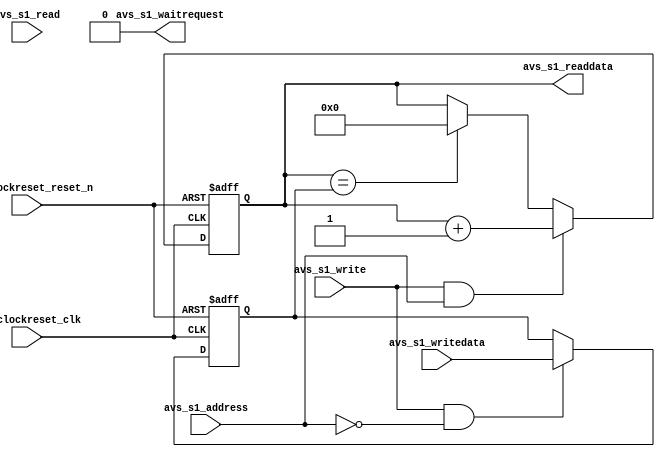
`timescale 1ns / 1ps

module legup_barrier (

                  // inputs:
                  avs_s1_address,
                  // chipselect,
                  csi_clockreset_clk,
				  csi_clockreset_reset_n,
                  avs_s1_writedata,
                  avs_s1_read,
                  avs_s1_write,

                  // outputs:
				  avs_s1_waitrequest,
                  avs_s1_readdata
               );


	input            avs_s1_address;
	input            csi_clockreset_clk;
	input            csi_clockreset_reset_n; 
	input            avs_s1_read;
	input            avs_s1_write;
	input  [ 31: 0]  avs_s1_writedata;

	output [ 31: 0]  avs_s1_readdata; 
	output  		 avs_s1_waitrequest;

	reg    [ 31: 0]  barrier_count;
	reg    [ 31: 0]  numthreads;
	wire 			 address;
	wire 			 reset_n;
	wire 			 clk;
	wire 			 read;
	wire 			 write;
	wire   [ 31: 0]  writedata;

	assign address = avs_s1_address;
	assign reset_n = csi_clockreset_reset_n;
	assign clk = csi_clockreset_clk;
	assign read = avs_s1_read;
	assign write = avs_s1_write;
	assign writedata = avs_s1_writedata;
	assign avs_s1_waitrequest = 1'b0;

    always @(posedge clk or negedge reset_n)
    begin
		if (!reset_n)
		begin
			numthreads <= 0;
		end
		//barrier initialization to store the number of threads
		else if (write && !address)
		begin
			numthreads <= writedata;
		end
    end

    always @(posedge clk or negedge reset_n)
    begin
		if (!reset_n)
		begin
			barrier_count <= 0;
		end
		//whenever each thread reaches the barrier, it writes to the barrier, which increments the counter
		else if (write && address)
		begin
			barrier_count <= barrier_count + 1;
		end
		//if the counter reaches the total number of threads, it resets to zero
		//this is needed for when the same barrier is used multiplie times without initializing the barrier again
		else if (barrier_count == numthreads)
		begin
			barrier_count <= 0;
		end
    end

	//if the barrier count is zero, that means all threads have reached the barrier
	assign avs_s1_readdata = barrier_count;

endmodule